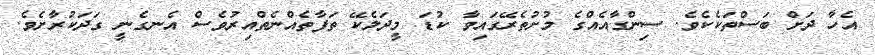
އެހާ ދަށް ބަސްތަކެކެވެ. ސިންގާއެއްގެ މުށުތެރޭގައިވާ ކުޑަ މީދަލެކޭ ތަފާތެއްނެތްއިރުވެސް އެނގެނީ ގަދަކުރާށެވެ.